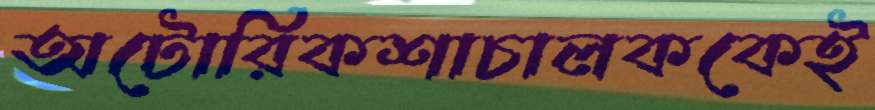
অটোরিকশাচালককেই